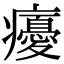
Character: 𭼵